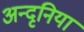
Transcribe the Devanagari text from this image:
अन्दृनिया